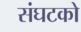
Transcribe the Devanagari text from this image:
संघटको